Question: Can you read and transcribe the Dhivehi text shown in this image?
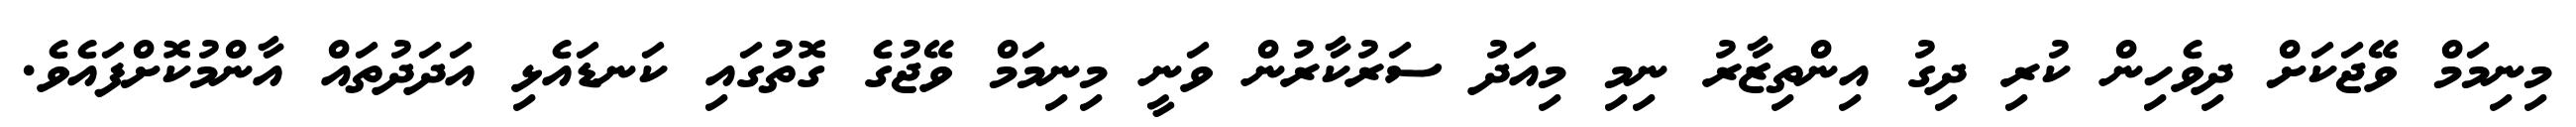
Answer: މިނިމަމް ވޭޖަކަށް ދިވެހިން ކުރި ދިގު އިންތިޒާރު ނިމި މިއަދު ސަރުކާރުން ވަނީ މިނިމަމް ވޭޖުގެ ގޮތުގައި ކަނޑައެޅި އަދަދުތައް އާންމުކޮށްފައެވެ.